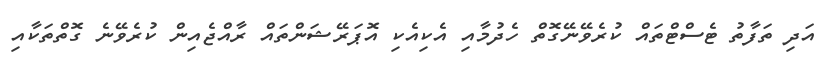
އަދި ތަފާތު ޓެސްޓްތައް ކުރެވޭނޭގޮތް ހެދުމާއި އެކިއެކި އޮޕަރޭޝަންތައް ރާއްޖެއިން ކުރެވޭނެ ގޮތްތަކާއި